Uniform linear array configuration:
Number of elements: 24
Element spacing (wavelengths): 1
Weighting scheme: blackman
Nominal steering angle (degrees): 30
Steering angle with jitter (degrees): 29.829
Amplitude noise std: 0.05
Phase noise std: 0.05

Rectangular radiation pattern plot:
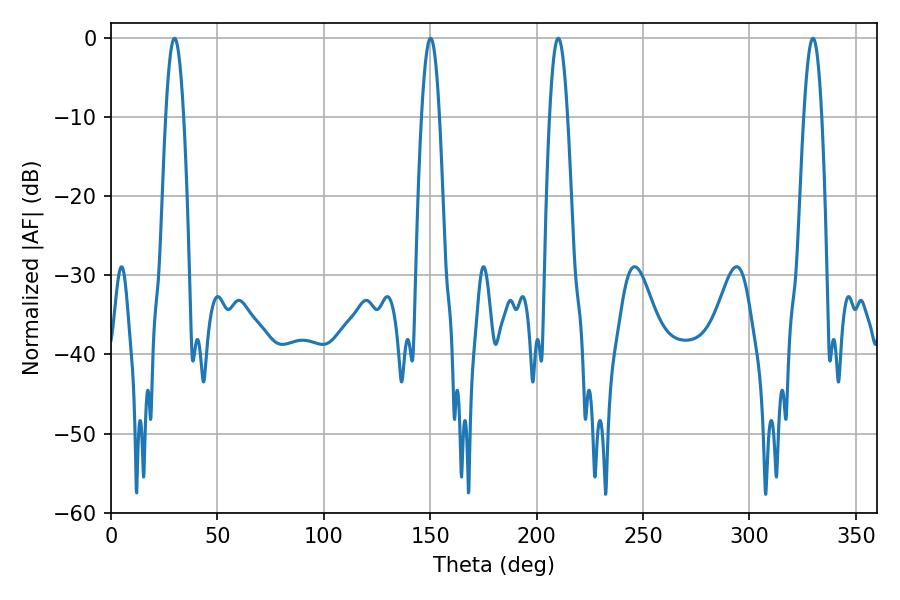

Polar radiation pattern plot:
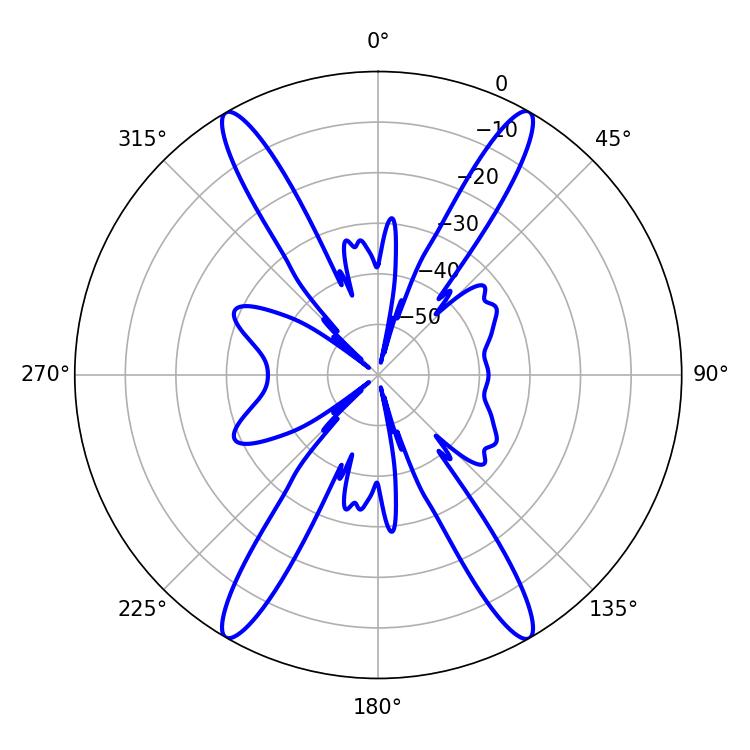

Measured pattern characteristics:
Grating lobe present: TRUE
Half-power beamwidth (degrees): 4.68
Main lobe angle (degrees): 29.88